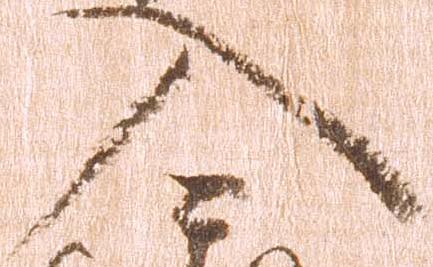
入